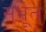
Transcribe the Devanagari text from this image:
संभूत